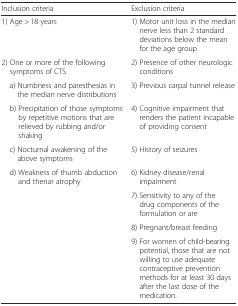
| Inclusion criteria | Exclusion criteria |
 | --- | --- |
 | 1) Age > 18 years | 1) Motor unit loss in the median nerve less than 2 standard deviations below the mean for the age group |
 | 2) One or more of the following symptoms of CTS | 2) Presence of other neurologic conditions |
 | a) Numbness and paresthesias in the median nerve distributions | 3) Previous carpal tunnel release |
 | b) Precipitation of those symptoms by repetitive motions that are relieved by rubbing and/or shaking | 4) Cognitive impairment that renders the patient incapable of providing consent |
 | c) Nocturnal awakening of the above symptoms | 5) History of seizures |
 | d) Weakness of thumb abduction and thenar atrophy | 6) Kidney disease/renal impairment |
 |  | 7) Sensitivity to any of the drug components of the formulation or are |
 |  | 8) Pregnant/breast feeding |
 |  | 9) For women of child-bearing potential, those that are not willing to use adequate contraceptive prevention methods for at least 30 days after the last dose of the medication. |